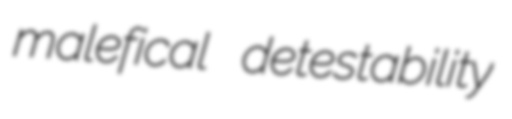
malefical detestability